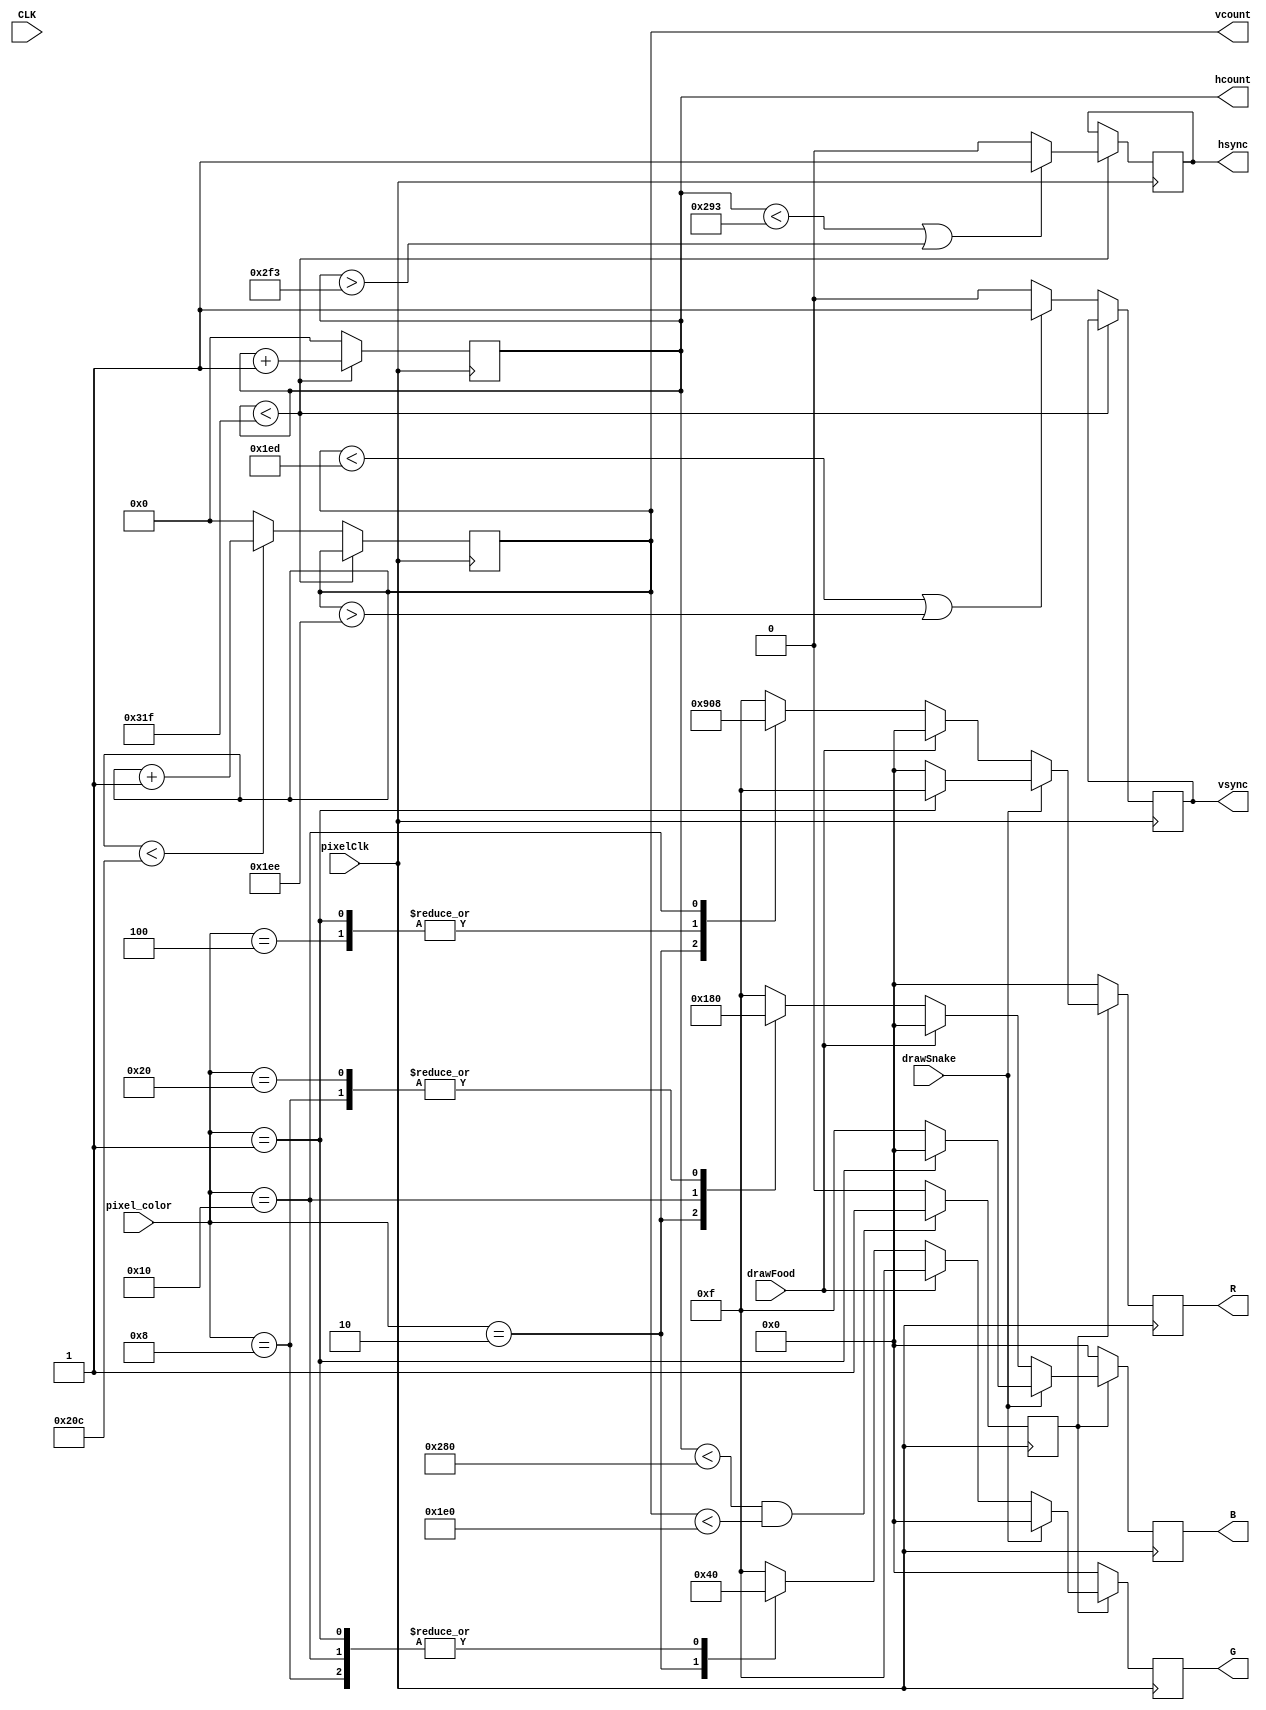
`timescale 1ns / 1ps

`define MAX_HCOUNT      799
`define MAX_VCOUNT      524
`define HSYNC_LOW_BEGIN 659
`define HSYNC_LOW_END   755
`define VSYNC_LOW_BEGIN 493
`define VSYNC_LOW_END   494

`define BLACK           8'h00
`define BLUE            8'h01
`define BROWN           8'h02
`define CYAN            8'h04
`define RED             8'h08
`define MAGENTA         8'h10
`define YELLOW          8'h20
`define WHITE           8'h40

module vgaController(
    CLK,
    pixelClk,
    pixel_color,
    drawSnake,
    drawFood,
    hsync,
    vsync,
    R,
    G,
    B,
    hcount,
    vcount
    );
    
    input               CLK, pixelClk, drawSnake, drawFood;
    input [7:0]         pixel_color;
    output reg   [9:0]  hcount,
                        vcount;
    reg			        visible;
    output reg          hsync,
                        vsync;
//    output reg [3:0]    Ro,
//                        Go,
//                        Bo;
    output reg [3:0]           R,
                        G,
                        B;
    
    initial begin
        hcount <= 0;
        vcount <= 0;
        visible <= 1;
    end
    
//    DFF ffR(.D(R), .CLK(CLK), .Q(Ro), .QN());
//    DFF ffG(.D(G), .CLK(CLK), .Q(Go), .QN());
//    DFF ffB(.D(B), .CLK(CLK), .Q(Bo), .QN());
    
    always @(posedge pixelClk) begin
        if ((hcount < 640) && (vcount < 480)) begin
            visible <= 1;
        end
        else begin
            visible <= 0;
        end
        
        if (hcount < `MAX_HCOUNT) begin
            if ((hcount < `HSYNC_LOW_BEGIN) || (hcount > `HSYNC_LOW_END)) begin
                hsync <= 1;
            end
            else begin
                hsync <= 0;
            end
            
            hcount <= hcount + 1;
        end
        else begin
            hcount <= 0;
            
            if ((vcount < `VSYNC_LOW_BEGIN) || (vcount > `VSYNC_LOW_END)) begin
                vsync <= 1;
            end
            else begin
            	vsync <= 0;
            end
            
            if (vcount <  `MAX_VCOUNT) begin
                vcount <= vcount + 1;
            end
            else begin
                vcount <= 0;
            end
        end
        
        if (visible) begin
            if(drawSnake) begin
                if(pixel_color == `BLUE) begin
                    R <= 4'hF;
                    G <= 4'h0;
                    B <= 4'h0;
                end
                else begin
                    R <= 4'h0;
                    G <= 4'h0;
                    B <= 4'hF;
                end
            end
            else if(drawFood) begin
                R <= 4'h0;
                G <= 4'hF;
                B <= 4'h0;
            end
            else begin
                // Determines what color to output to the screen
                case(pixel_color)
                    `BLACK: begin
                        R <= 4'hF;
                        G <= 4'hF;
                        B <= 4'hF;
                    end
                    `BLUE: begin
                        R <= 4'h0;
                        G <= 4'h0;
                        B <= 4'hF; // xFF -> xF
                    end
                    `BROWN: begin
                        R <= 4'h9;
                        G <= 4'h4;
                        B <= 4'h1;
                    end
                    `CYAN: begin
                        R <= 4'h0;
                        G <= 4'hF;
                        B <= 4'hF;
                    end
                    `RED: begin // Red
                        R <= 4'hF;
                        G <= 4'h0;
                        B <= 4'h0;
                    end
                    `MAGENTA: begin
                        R <= 4'h8; // x8B -> x8
                        G <= 4'h0;
                        B <= 4'h8;
                    end
                    `YELLOW: begin
                        R <= 4'hF;
                        G <= 4'hF;
                        B <= 4'h0;
                    end
                    `WHITE: begin // White
                        R <= 4'hF;
                        G <= 4'hF;
                        B <= 4'hF;
                    end
                    default: begin
                        R <= 4'hF;
                        G <= 4'hF;
                        B <= 4'hF;
                    end
                endcase
            end
        end
        else begin
            R <= 4'h0;
            G <= 4'h0;
            B <= 4'h0;
        end
        
        // End of always block
    end
endmodule